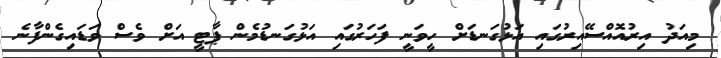
މިއަދު އިރުއޮއްސޭއިރުގައި އަޅުގަނޑަށް ހީވަނީ ފަހަރުގައި އަޅުގަނޑުމެން ޕާޓީ އަށް ވެސް ވަޑައިގެންފާނެ